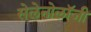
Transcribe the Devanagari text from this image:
सेलेनोलॉजी